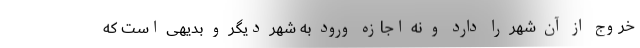
خروج از آن شهر را دارد و نه اجازه ورود به شهر دیگر و بدیهی است که